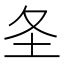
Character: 𪢶